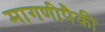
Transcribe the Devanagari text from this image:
मागणीपैकी